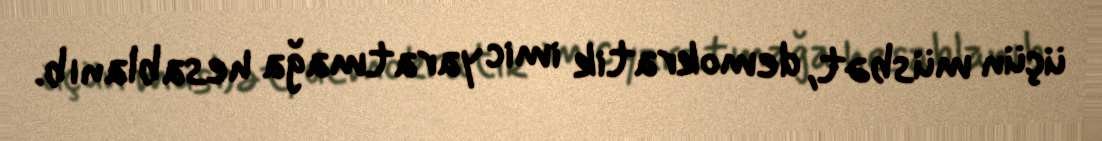
üçün müsbət, demokratik imic yaratmağa hesablanıb.